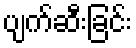
ပျက်ဆီးခြင်း